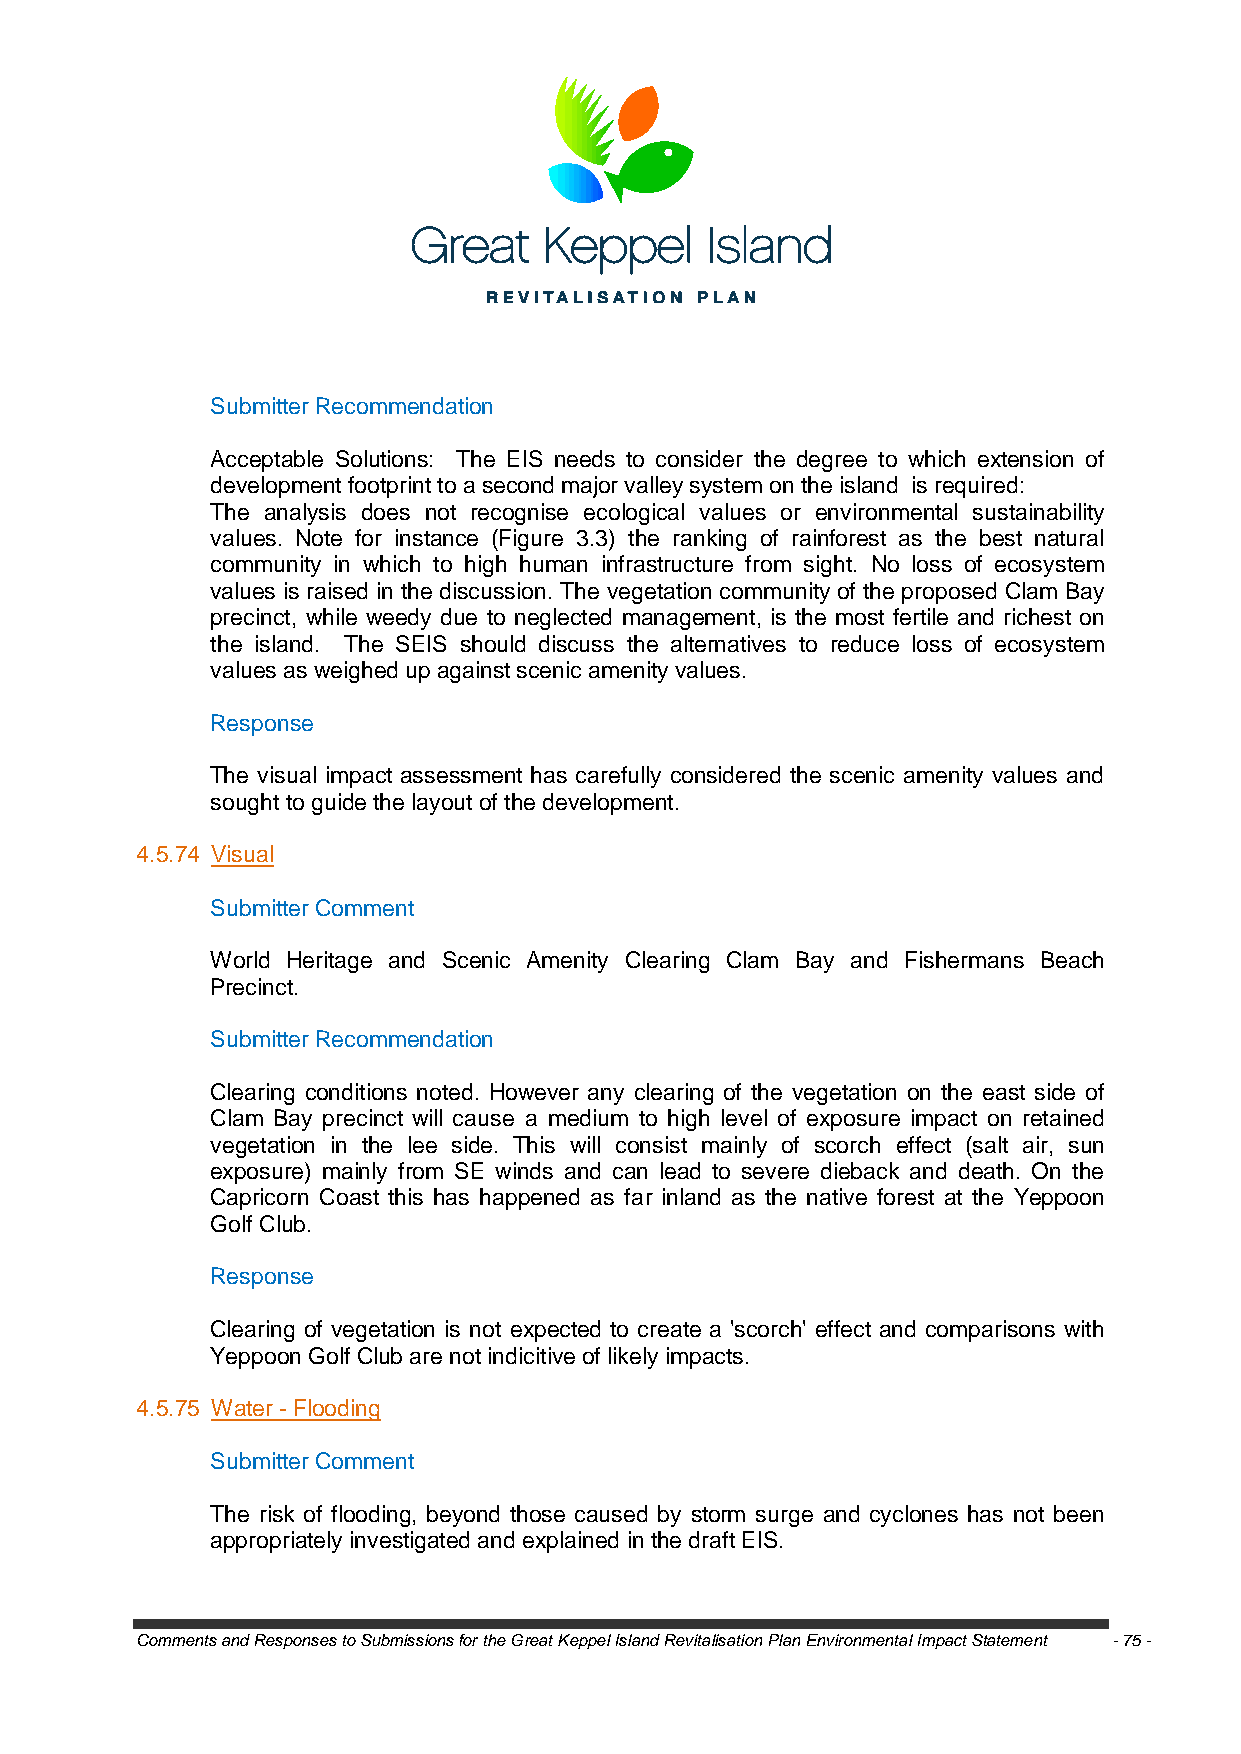
Submitter Recommendation
 Acceptable Solutions: The EIS needs to consider the degree to which extension of
 development footprint to a second major valley system on the island is required:
 The analysis does not recognise ecological values or environmental sustainability
 values. Note for instance (Figure 3.3) the ranking of rainforest as the best natural
 community in which to high human infrastructure from sight. No loss of ecosystem
 values is raised in the discussion. The vegetation community of the proposed Clam Bay
 precinct, while weedy due to neglected management, is the most fertile and richest on
 the island. The SEIS should discuss the alternatives to reduce loss of ecosystem
 values as weighed up against scenic amenity values.
 Response
 The visual impact assessment has carefully considered the scenic amenity values and
 sought to guide the layout of the development.
 4.5.74 Visual
 Submitter Comment
 World Heritage and Scenic Amenity Clearing Clam Bay and Fishermans Beach
 Precinct.
 Submitter Recommendation
 Clearing conditions noted. However any clearing of the vegetation on the east side of
 Clam Bay precinct will cause a medium to high level of exposure impact on retained
 vegetation in the lee side. This will consist mainly of scorch effect (salt air, sun
 exposure) mainly from SE winds and can lead to severe dieback and death. On the
 Capricorn Coast this has happened as far inland as the native forest at the Yeppoon
 Golf Club.
 Response
 Clearing of vegetation is not expected to create a 'scorch' effect and comparisons with
 Yeppoon Golf Club are not indicitive of likely impacts.
 4.5.75 Water - Flooding
 Submitter Comment
 The risk of flooding, beyond those caused by storm surge and cyclones has not been
 appropriately investigated and explained in the draft EIS.
 Comments and Responses to Submissions for the Great Keppel Island Revitalisation Plan Environmental Impact Statement - 75 -